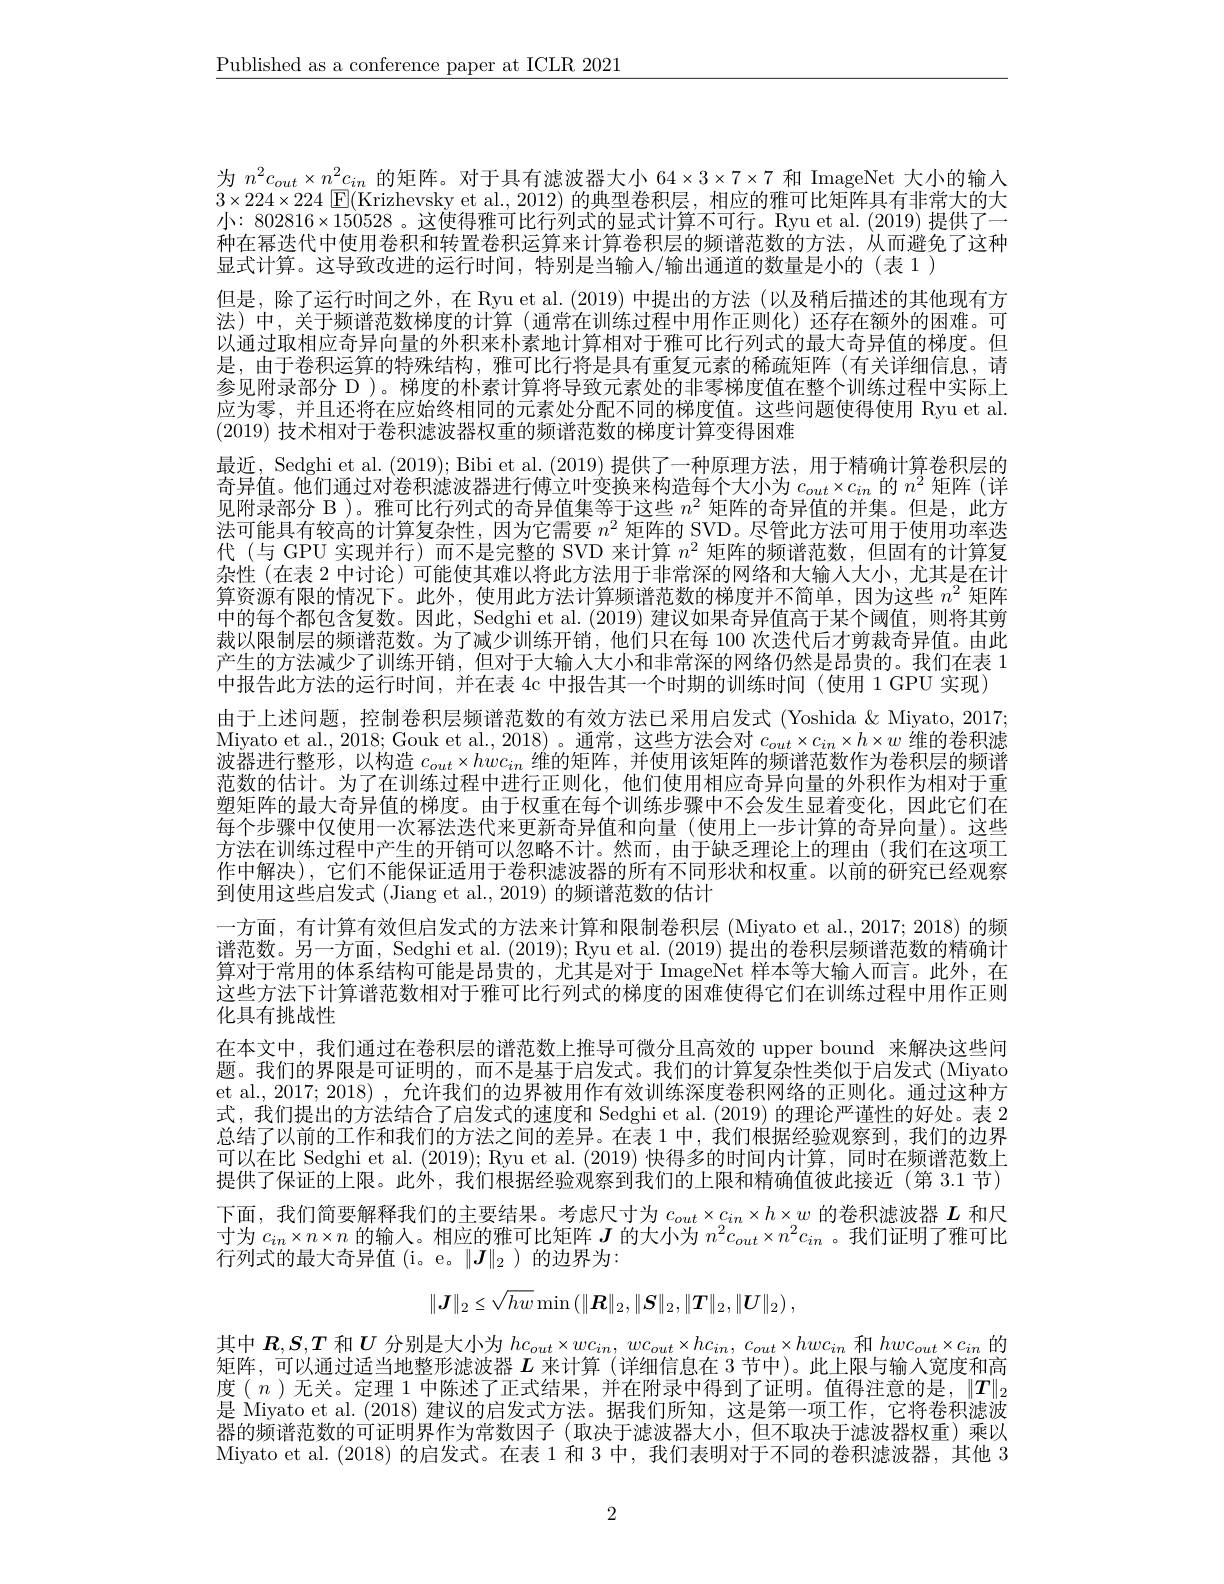
$\underline{\text{Published as a conference paper at ICLR 2021}}$

为$n^2c_{out}\times n^2c_{in}$的矩阵。对于具有滤波器大小$64\times3\times7\times7$和 ImageNet 大小的输人$3\times224\times224$ $\boxed{\mathrm{F}}($Krizhevsky et al., 2012) 的典型卷积层，相应的雅可比矩阵具有非常大的大小：$802816\times150528$ 。这使得雅可比行列式的显式计算不可行。Ryu et al.(2019) 提供了一种在幂迭代中使用卷积和转置卷积运算来计算卷积层的频谱范数的方法，从而避免了这种显式计算。这导致改进的运行时间，特别是当输人/输出通道的数量是小的(表 1)
但是，除了运行时间之外，在 Ryu et al.(2019) 中提出的方法 (以及稍后描述的其他现有方法)中，关于频谱范数梯度的计算(通常在训练过程中用作正则化)还存在额外的困难。可以通过取相应奇异向量的外积来朴素地计算相对于雅可比行列式的最大奇异值的梯度。但是，由于卷积运算的特殊结构，雅可比行将是具有重复元素的稀疏矩阵(有关详细信息，请参见附录部分 D )。梯度的朴素计算将导致元素处的非零梯度值在整个训练过程中实际上应为零，并且还将在应始终相同的元素处分配不同的梯度值。这些问题使得使用 Ryu et al. (2019)技术相对于卷积滤波器权重的频谱范数的梯度计算变得困难
最近，Sedghi et al. (2019); Bibi et al. (2019) 提供了一种原理方法，用于精确计算卷积层的奇异值。他们通过对卷积滤波器进行傅立叶变换来构造每个大小为$c_{out}\times c_{in}$的$n^2$矩阵(详见附录部分 B )。雅可比行列式的奇异值集等于这些$n^2$矩阵的奇异值的并集。但是，此方法可能具有较高的计算复杂性，因为它需要$n^2$矩阵的 SVD。尽管此方法可用于使用功率迭代 (与 GPU 实现并行)而不是完整的 SVD 来计算$n^2$矩阵的频谱范数，但固有的计算复杂性 (在表 2 中讨论) 可能使其难以将此方法用于非常深的网络和大输人大小，尤其是在计算资源有限的情况下。此外，使用此方法计算频谱范数的梯度并不简单，因为这些$n^2$矩阵中的每个都包含复数。因此，Sedghi et al. (2019) 建议如果奇异值高于某个阈值，则将其剪裁以限制层的频谱范数。为了减少训练开销，他们只在每 100 次迭代后才剪裁奇异值。由此产生的方法减少了训练开销，但对于大输人大小和非常深的网络仍然是昂贵的。我们在表 1中报告此方法的运行时间，并在表 4c 中报告其一个时期的训练时间 (使用 1 GPU 实现)
由于上述问题，控制卷积层频谱范数的有效方法已采用启发式 (Yoshida & Miyato, 2017; Miyato et al., 2018; Gouk et al., 2018) 。通常，这些方法会对$c_out\times c_{in}\times h\times w$维的卷积滤波器进行整形，以构造$c_{out}\times hwc_{in}$维的矩阵，并使用该矩阵的频谱范数作为卷积层的频谱范数的估计。为了在训练过程中进行正则化，他们使用相应奇异向量的外积作为相对于重塑矩阵的最大奇异值的梯度。由于权重在每个训练步骤中不会发生显着变化，因此它们在每个步骤中仅使用一次幂法迭代来更新奇异值和向量(使用上一步计算的奇异向量)。这些方法在训练过程中产生的开销可以忽略不计。然而，由于缺乏理论上的理由(我们在这项工作中解决),它们不能保证适用于卷积滤波器的所有不同形状和权重。以前的研究已经观察到使用这些启发式 (Jiang et al., 2019) 的频谱范数的估计
一方面，有计算有效但启发式的方法来计算和限制卷积层 (Miyato et al., 2017; 2018) 的频谱范数。另一方面，Sedghi et al. (2019); Ryu et al. (2019) 提出的卷积层频谱范数的精确计算对于常用的体系结构可能是昂贵的，尤其是对于 ImageNet 样本等大输入而言。此外，在这些方法下计算谱范数相对于雅可比行列式的梯度的困难使得它们在训练过程中用作正则化具有挑战性
在本文中，我们通过在卷积层的谱范数上推导可微分且高效的 upper bound 来解决这些问题。我们的界限是可证明的，而不是基于启发式。我们的计算复杂性类似于启发式 (Miyato et al., 2017; 2018) , 允许我们的边界被用作有效训练深度卷积网络的正则化。通过这种方式，我们提出的方法结合了启发式的速度和 Sedghi et al. (2019) 的理论严谨性的好处。表 2总结了以前的工作和我们的方法之间的差异。在表 1 中，我们根据经验观察到，我们的边界可以在比 Sedghi et al. (2019); Ryu et al. (2019) 快得多的时间内计算，同时在频谱范数上提供了保证的上限。此外，我们根据经验观察到我们的上限和精确值彼此接近(第 3.1 节) 下面，我们简要解释我们的主要结果。考虑尺寸为$c_{out}\times c_{in}\times h\times w$的卷积滤波器$L$和尺寸为$c_{in}\times n\times n$的输入。相应的雅可比矩阵$J$的大小为$n^2c_{out}\times n^2c_{in}$ 。我们证明了雅可比行列式的最大奇异值(i。e。$\|\boldsymbol J\|_2$)的边界为：
$$\|\boldsymbol{J}\|_2\leq\sqrt{hw}\min\left(\|\boldsymbol{R}\|_2,\|\boldsymbol{S}\|_2,\|\boldsymbol{T}\|_2,\|\boldsymbol{U}\|_2\right),$$
其中$\boldsymbol R,\boldsymbol S,\boldsymbol T$和$U$分别是大小为$hc_out\times wc_{in},wc_{out}\times hc_{in},c_{out}\times hwc_{in}$和$hwc_out\times c_{in}$的矩阵，可以通过适当地整形滤波器$L$来计算 (详细信息在 3 节中)。此上限与输人宽度和高度$(n)$无关。定理 1 中陈述了正式结果，并在附录中得到了证明。值得注意的是，$\|T\|_2$ 是 Miyato et al. (2018) 建议的启发式方法。据我们所知，这是第一项工作，它将卷积滤波器的频谱范数的可证明界作为常数因子(取决于滤波器大小，但不取决于滤波器权重)乘以Miyato et al.(2018)的启发式。在表 1 和 3 中，我们表明对于不同的卷积滤波器，其他 3

2